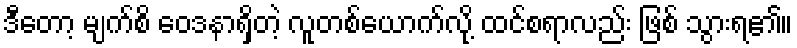
ဒီတော့ မျက်စိ ဝေဒနာရှိတဲ့ လူတစ်ယောက်လို့ ထင်စရာလည်း ဖြစ် သွားရ၏။